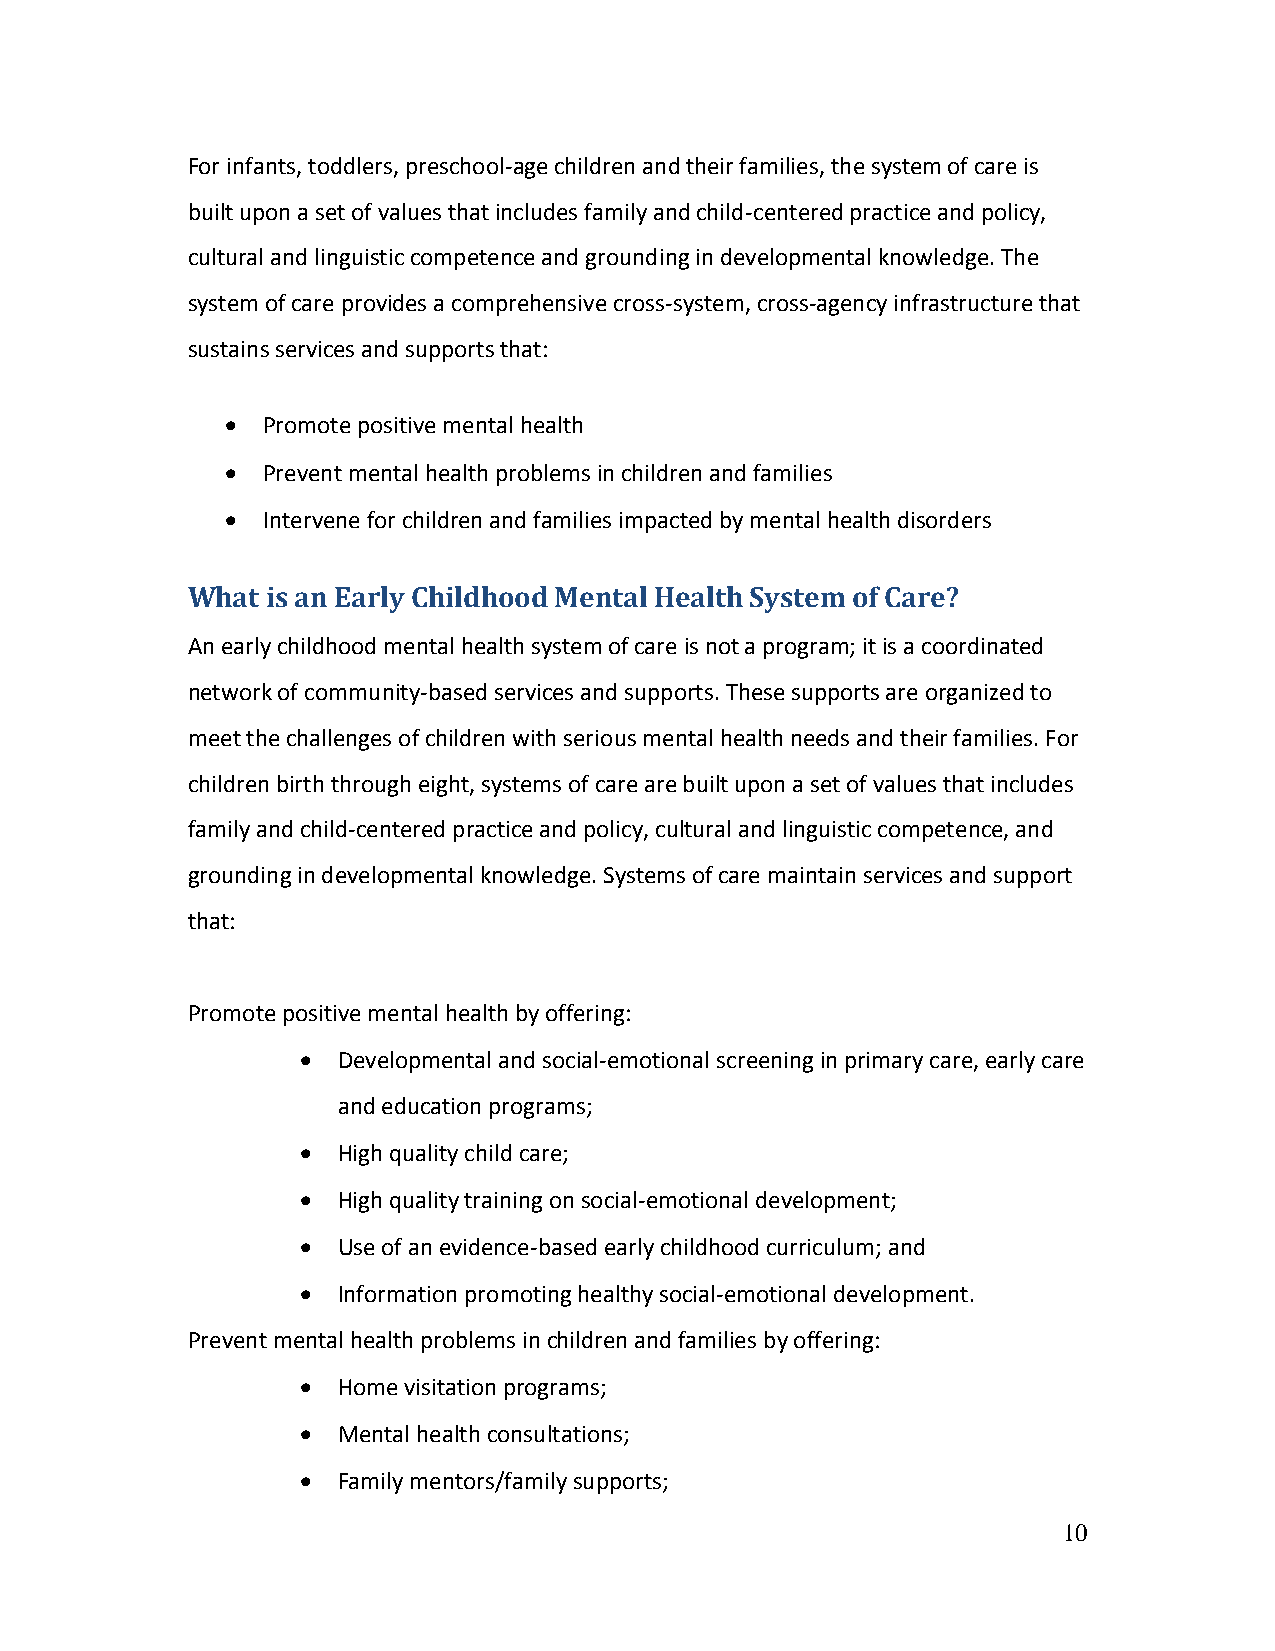
For infants, toddlers, preschool-age children and their families, the system of care is
 built upon a set of values that includes family and child-centered practice and policy,
 cultural and linguistic competence and grounding in developmental knowledge. The
 system of care provides a comprehensive cross-system, cross-agency infrastructure that
 sustains services and supports that:
  Promote positive mental health
  Prevent mental health problems in children and families
  Intervene for children and families impacted by mental health disorders
 What  is an Early Childhood Mental Health System of Care?
 An early childhood mental health system of care is not a program; it is a coordinated
 network of community-based services and supports. These supports are organized to
 meet the challenges of children with serious mental health needs and their families. For
 children birth through eight, systems of care are built upon a set of values that includes
 family and child-centered practice and policy, cultural and linguistic competence, and
 grounding in developmental knowledge. Systems of care maintain services and support
 that:
 Promote positive mental health by offering:
  Developmental and social-emotional screening in primary care, early care
 and education programs;
  High quality child care;
  High quality training on social-emotional development;
  Use of an evidence-based early childhood curriculum; and
  Information promoting healthy social-emotional development.
 Prevent mental health problems in children and families by offering:
  Home visitation programs;
  Mental health consultations;
  Family mentors/family supports;
 10